Civil Veterinary Department Bihar & Orissa reports 1911-21 - 1911-1921
Year: 1911
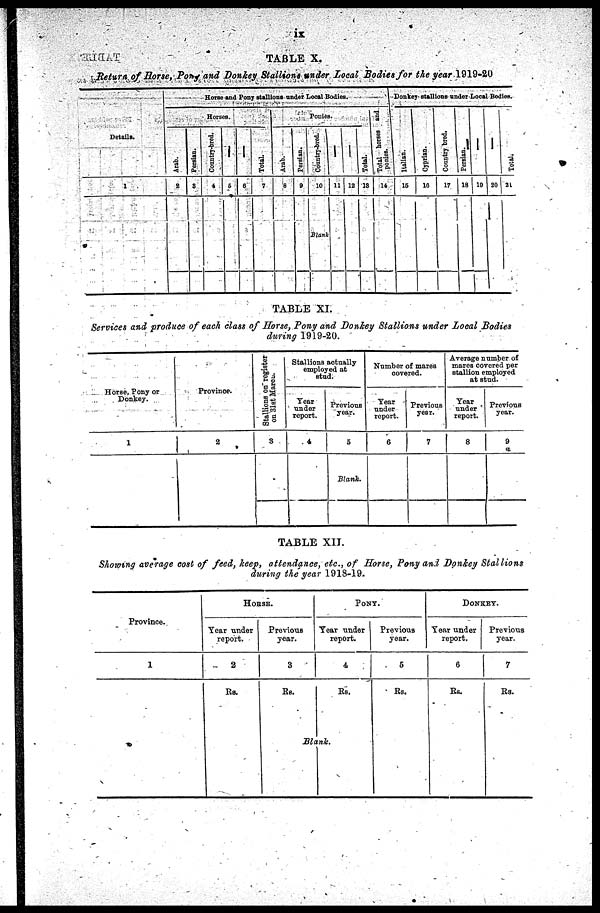
iX
TABLE X.
Return of Horse, Pony and Donkey Stallions under Local Bodies for the year 1919-20
Details.
1
Horse and Pony stallions under Local Bodies.
Horses.
Arab.
2
Persian.
8
Country-bred.
4
6
6
Total
7
Ponies .
Arab.
8
Pensian.
9
Country-bred.
10
Blank
11 12
Total.
13
Total horses and
ponies.
14
Donkey stallions under Local Bodies.
Italian .
16
Cypr i
an.
10
Country bred.
17
Persian.
18
––
19
––
20
Total.
21
TABLE XI.
Services and produce of each class of Horse, Pony and Donkey Stallions under Local Bodies
during 1919-20.
Horse, Pony or
Donkey.
1
Province.
2
Stallions on register
on 31st March.
3
Stallions actually
employed at
stud.
Year
under
report.
4
Previous
year.
5
Blank.
Number of mares
covered.
Year
under
report.
6
Previous
year.
7
Average number of
mares covered per
stallion employed
at stud.
Year
under
report.
8
Previous
year.
9
TABLE XII.
Showing average cost of feed, keep, attendance, etc., of Horse, Pony and Donkey Stallions
during the year 1918-19.
Province.
1
HORSE.
Year under
report.
2
Rs.
Previous
year.
3
Rs.
PONY.
Year under
report.
4
Rs.
Blank.
Previous
year.
5
Rs.
DONKEY.
Year under
report.
6
Rs.
Previous
year.
7
Rs.